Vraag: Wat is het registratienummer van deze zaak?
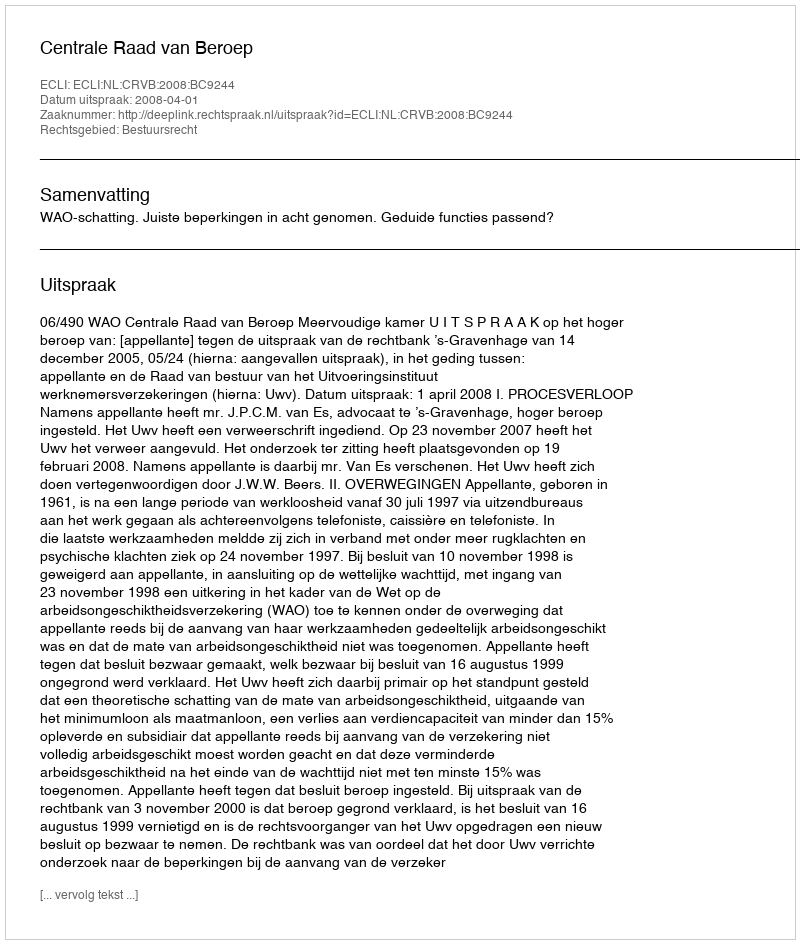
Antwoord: http://deeplink.rechtspraak.nl/uitspraak?id=ECLI:NL:CRVB:2008:BC9244